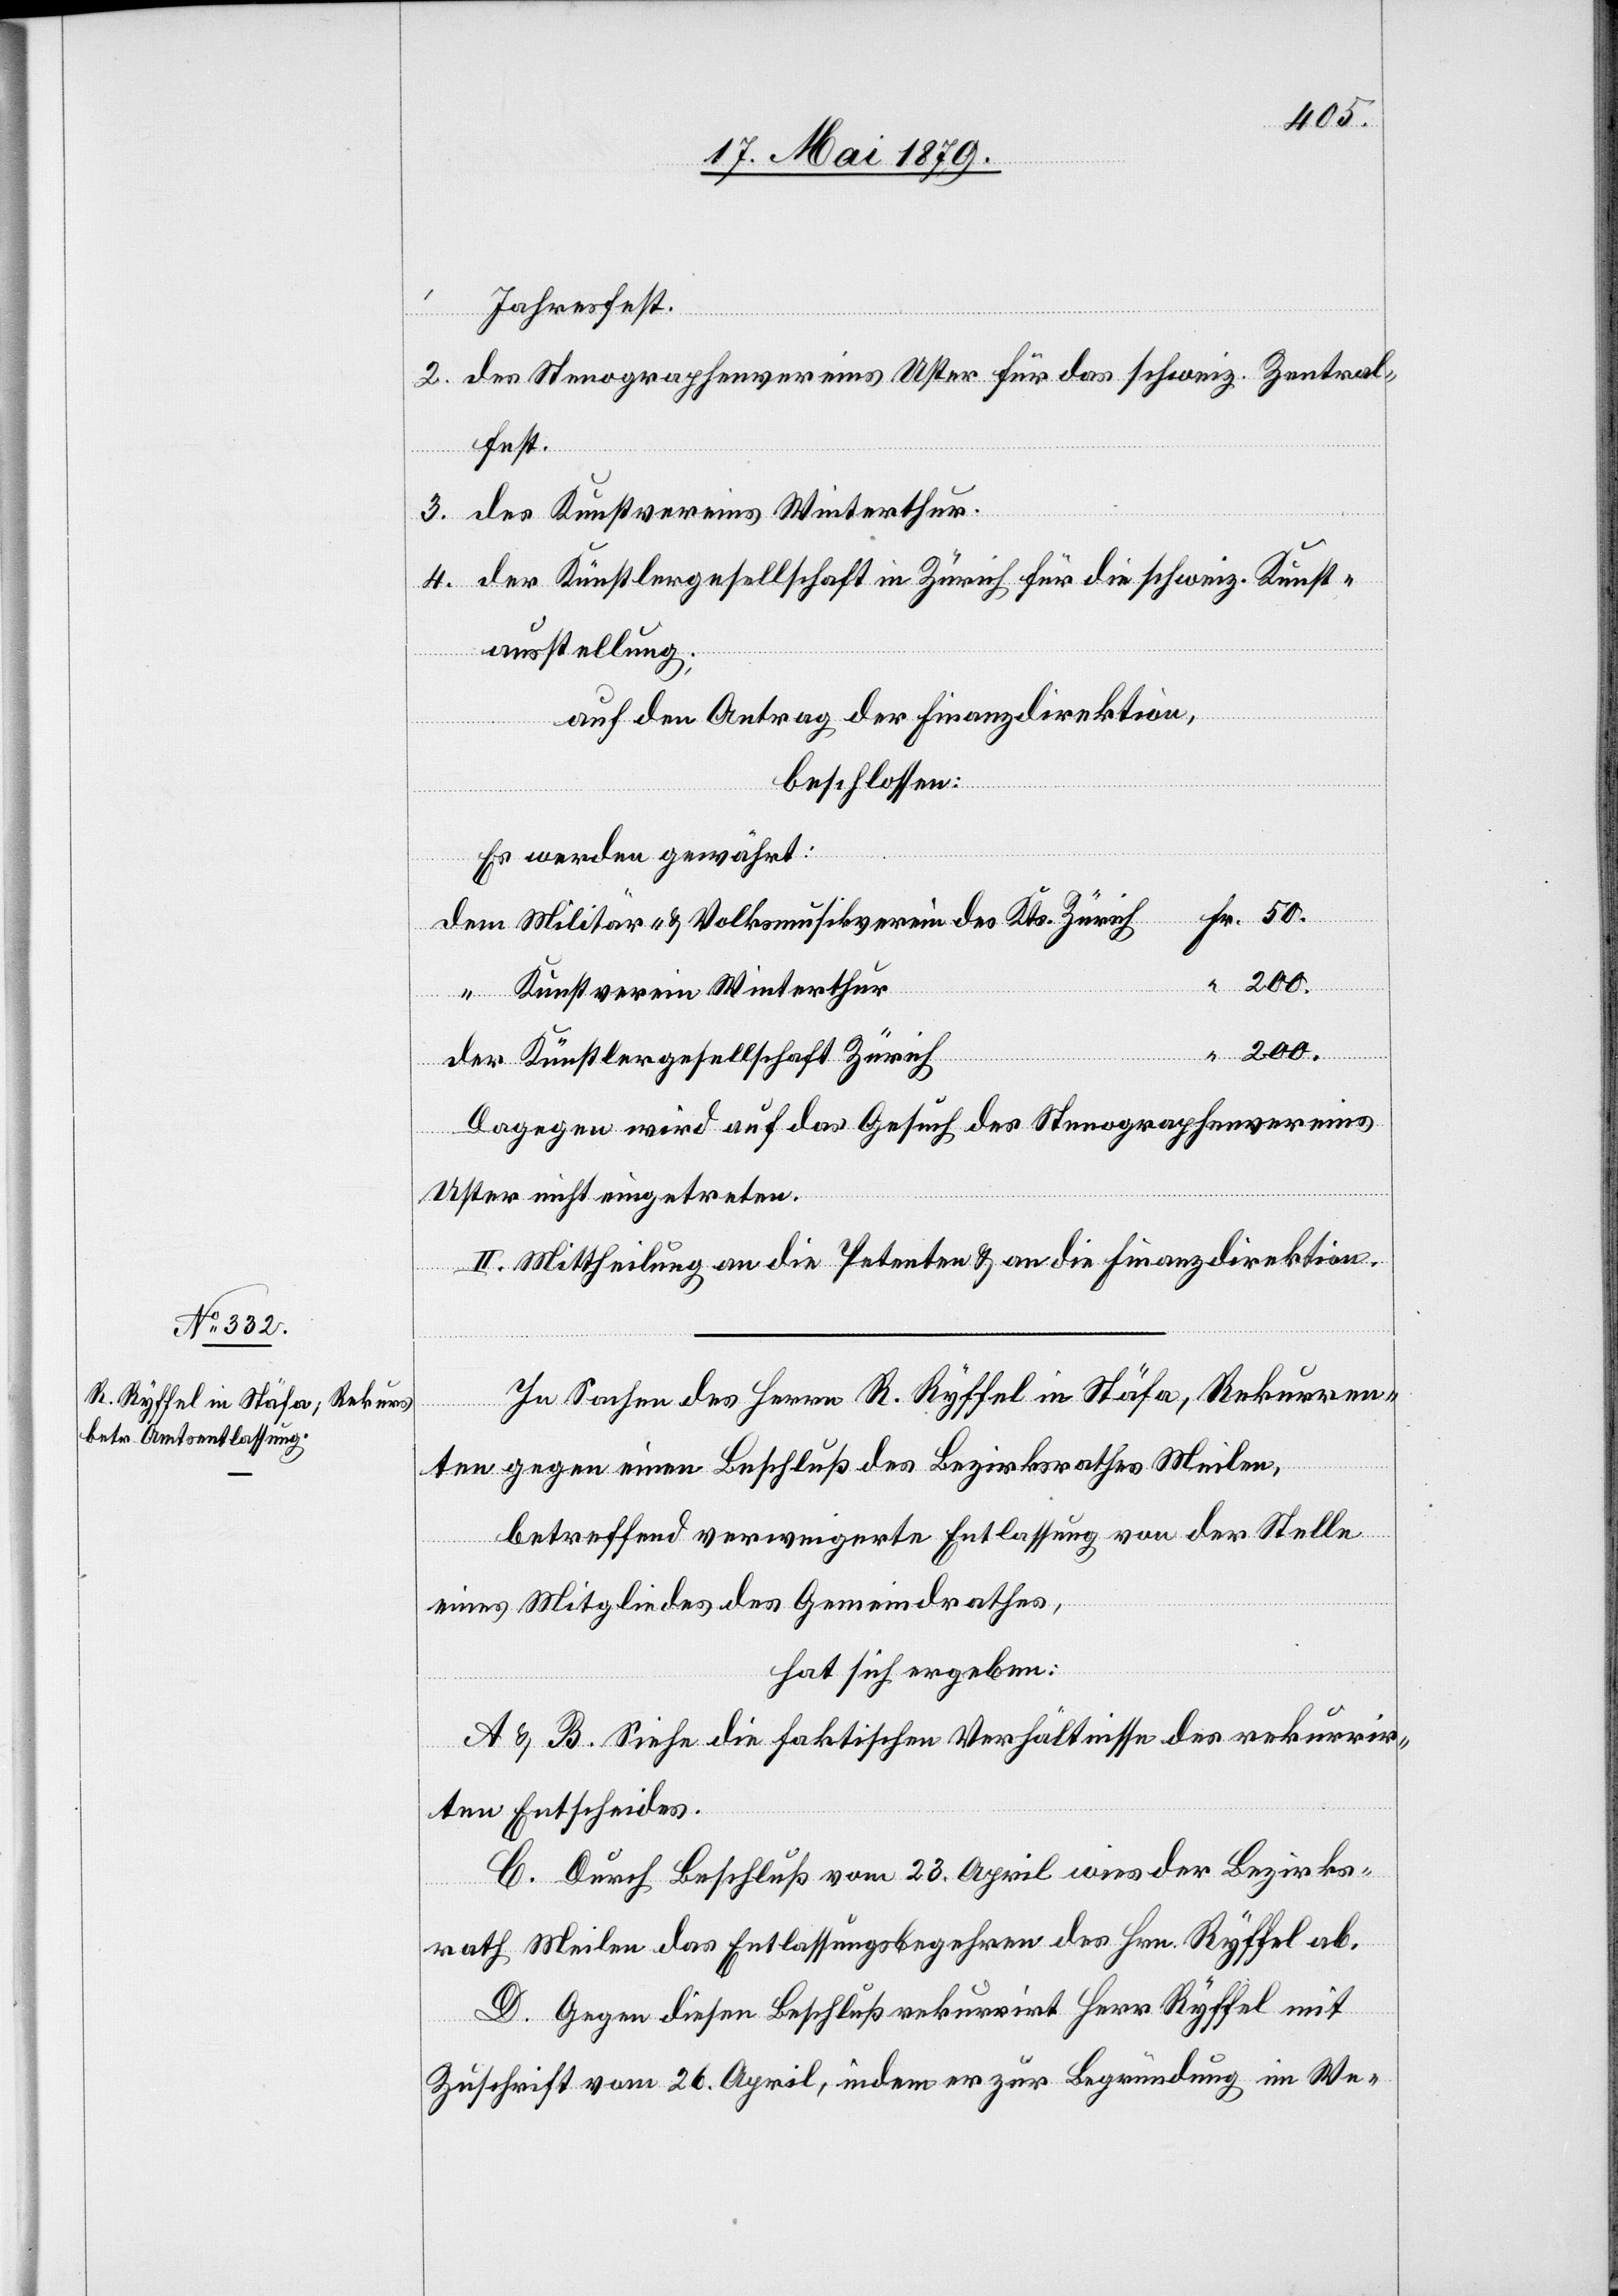
Jahresfest.
2. des Stenographenvereins Uster für das schweiz. Zentral¬
fest.
3. des Kunstvereins Winterthur.
4. der Künstlergesellschaft in Zürich für die schweiz. Kunst¬
50.
ausstellung;
auf den Antrag der Finanzdirektion,
beschlossen:
Es werden gewährt:
“
200.
Kunstverein Winterthur
200.
der
Künstlergesellschaft Zürich
Dagegen wird auf das Gesuch des Stenographenvereins
Uster nicht eingetreten.
II. Mittheilung an die Petenten & an die Finanzdirektion.
dem
In Sachen des Herrn R. Ryffel in Stäfa, Rekurren¬
ten gegen einen Beschluß des Bezirksrathes Meilen,
betreffend verweigerte Entlassung von der Stelle
eines Mitgliedes des Gemeindrathes,
hat sich ergeben:
A & B. Siehe die faktischen Verhältnisse des rekurrir¬
ten Entscheides.
C. Durch Beschluß vom 23. April wies der Bezirks¬
rath Meilen das Entlassungsbegehren des Hrn. Ryffel ab.
D. Gegen diesen Beschluß rekurrirt Herr Ryffel mit
Zuschrift vom 26. April, indem er zur Begründung im We-